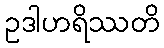
ဥဒါဟရိဿတိ